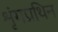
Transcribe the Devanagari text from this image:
शृंगप्रथिन